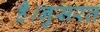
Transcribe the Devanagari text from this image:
है।नुसरत